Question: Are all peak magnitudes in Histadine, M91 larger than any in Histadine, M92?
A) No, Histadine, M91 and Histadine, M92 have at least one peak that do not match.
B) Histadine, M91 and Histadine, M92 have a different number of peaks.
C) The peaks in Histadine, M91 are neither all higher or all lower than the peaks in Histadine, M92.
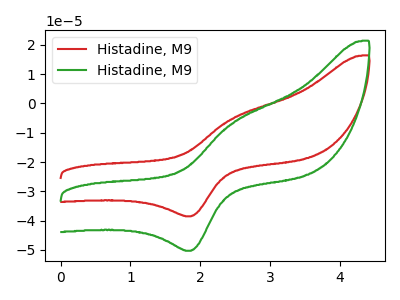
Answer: <think>The red curve "Histadine, M91" has an anodic peak at (2.50V, -4.90uA) and a cathodic peak at (1.85V, -38.50uA). The green curve "Histadine, M92" has an anodic peak at (2.50V, -6.40uA) and a cathodic peak at (1.85V, -50.30uA).</think>
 <answer>C) The peaks in "Histadine, M91" are neither all higher or all lower than the peaks in "Histadine, M92".</answer>
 <eval>C</eval>